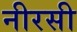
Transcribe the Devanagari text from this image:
नीरसी